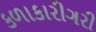
કળાકારીગરી